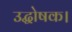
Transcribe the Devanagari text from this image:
उद्घोषक।